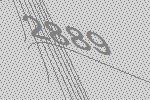
2889